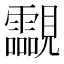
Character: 𧢥